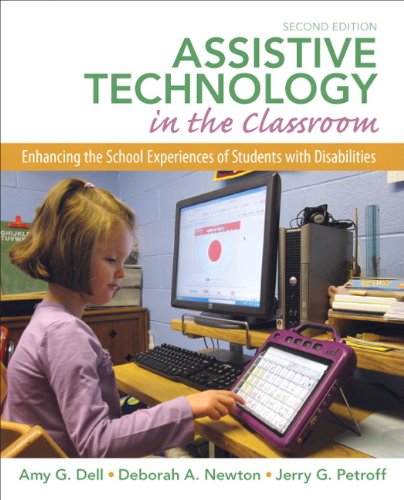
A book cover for Assistive Technology in the Classroom: Enhancing the School Experiences of Students with Disabilities (2nd Edition); Amy G Dell; Education & Teaching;